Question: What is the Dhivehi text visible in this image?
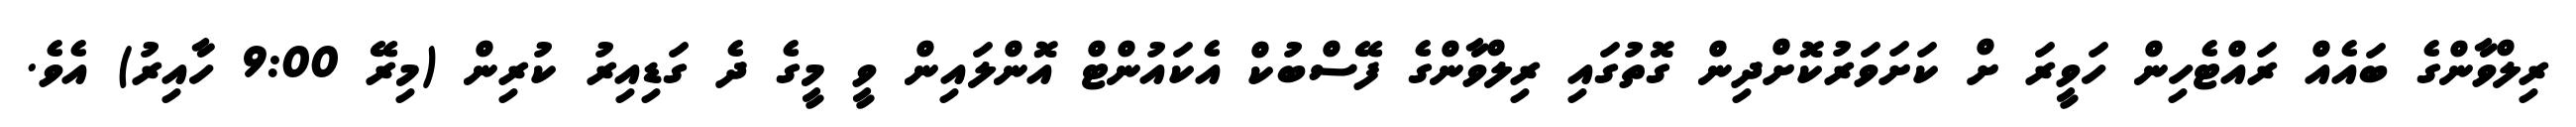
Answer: ރިލްވާންގެ ބައެއް ރައްޓެހިން ހަވީރަ ށް ކަށަވަރުކޮށްދިން ގޮތުގައި ރިލްވާންގެ ފޭސްބުކް އެކައުންޓް އޮންލައިން ވީ މީގެ ދެ ގަޑިއިރު ކުރިން (މިރޭ 9:00 ހާއިރު) އެވެ.